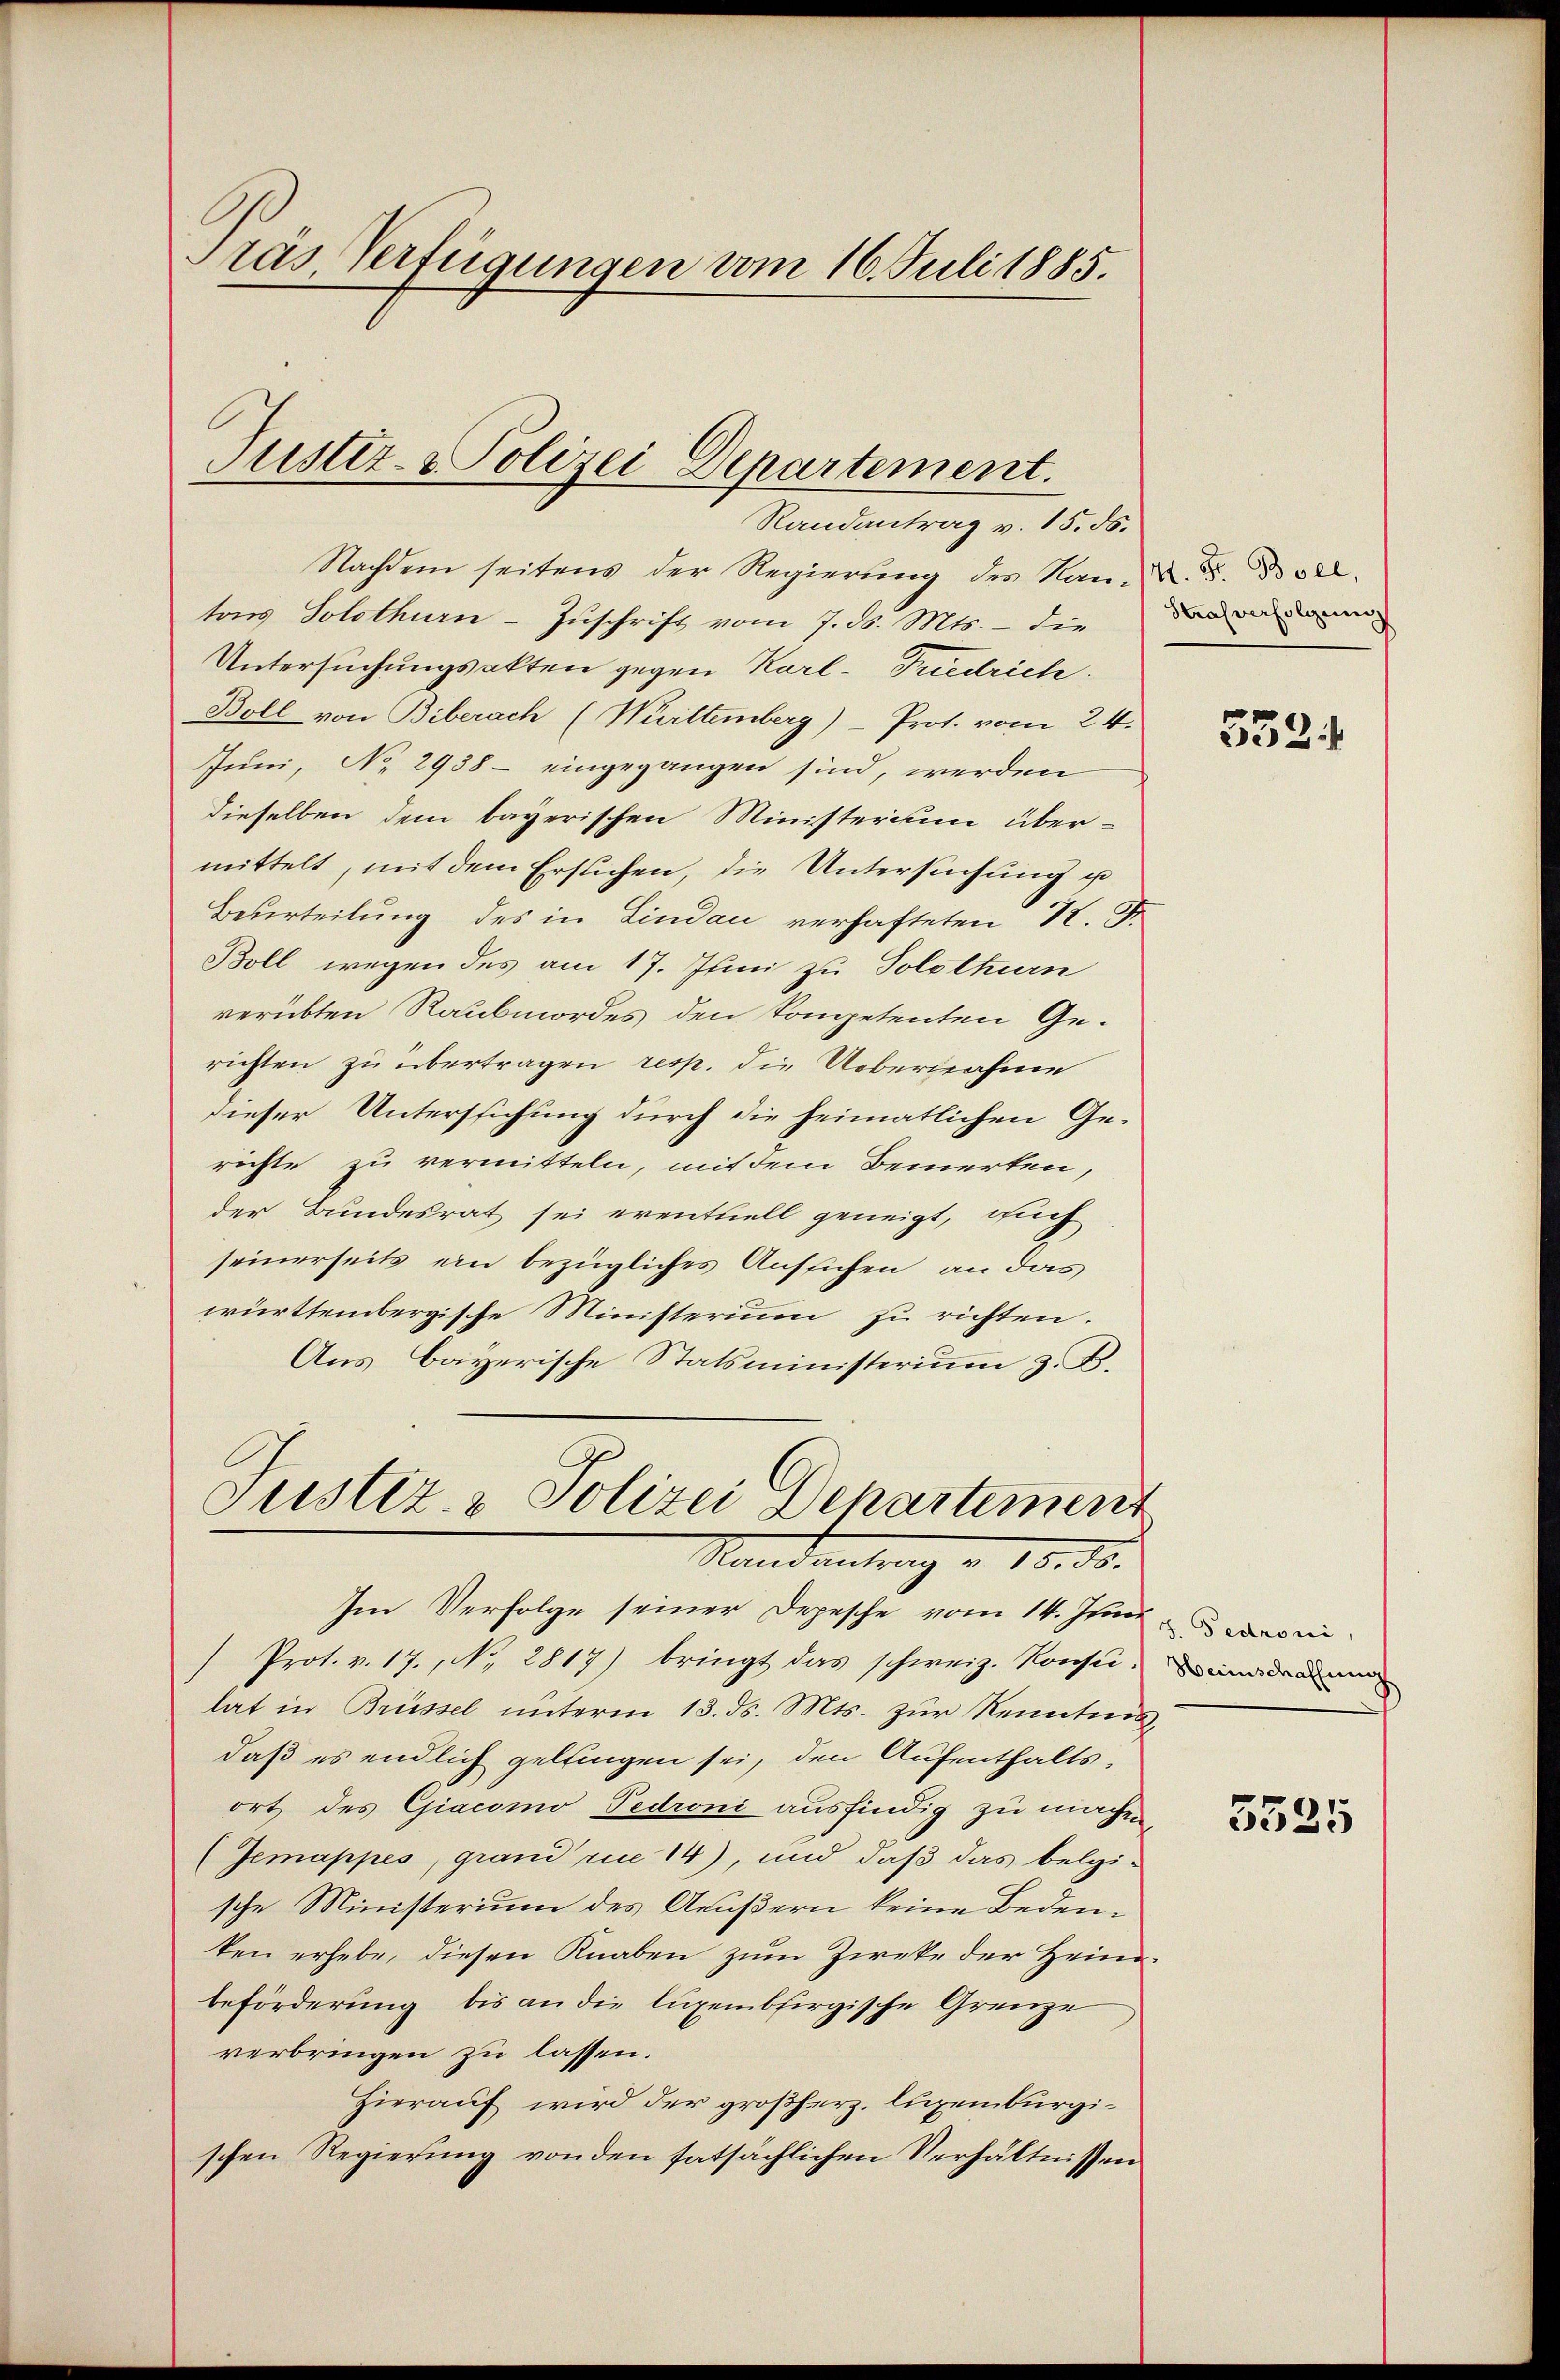
Pras Verfügungen vom 16. Juli 1885.

Justiz- & Polizei Departement.

Randantrag v. 15. ds.
Nachdem seitens der Regierung des Nan-N. S. 52
tons Solothurn-Zuschrift vom 7. d. Mts. - die dann
Untersuchungsakten gegen Karl-Friedrich.
Boll von Biberach (Württemberg) - Prot. vom 24.
Juni, No 2938- eingegangen sind, werden
dieselben dem bayerischen Ministerium übermittelt, mit dem Ersuchen, die Untersuchung u
Beurteilung des in Lindau verhafteten R. S.
Boll wegen des am 17. Juni zu Solothurn
verübten Raubmordes den kompetenten Ge-
richten zu übertragen resp. die Uebernahme
dieser Unterstichung durch die heimatlichen Gerichte zu vermitteln, mit dem Bemerken,
der Bundesrat sei eventuell geneigt, auch
seinerseits ein bezügliches Ansuchen, an das
württembergische Ministerium zu richten.
Aus Bayerische Statsministerium z. B.
Justiz- & Polizei Departement

Randantrag v. 18. ds.
Im Verfolge seiner Depesche vom 14. Juni

Prot. v. 17., No. 2817) bringt das schweiz. Konsu-
lat in Brüssel unterm 13. ds. Mts. zur Kenntnisdaß es endlich geltingen sei, den Aufenthaltsort des Giacomo Pedroni ausfindig zu machen,
(Jemappes, grand die 14), und daß das belgi-
sche Ministerium des Aeußern keine Bedenken erhebe, diesen Knaben zum Zieke der Heimbeförderung bis an die luxembfirgische Grenze
verbringen zu lassen.
Hierauf wird der großherz, luxenburgischen Regierung von den tatsächlichen Verhältnissen

3324

J. Pedroni,
Herinschaffung

5525